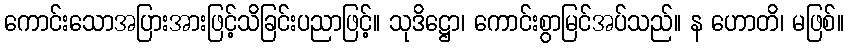
ကောင်းသောအပြားအားဖြင့်သိခြင်းပညာဖြင့်။ သုဒိဋ္ဌော၊ ကောင်းစွာမြင်အပ်သည်။ န ဟောတိ၊ မဖြစ်။